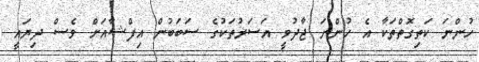
ހުންނަ ކަތިގޮތްތަކާ އެ ހުންނަ ޖާދުވީ އަސަރުތަކުގެ ސަބަބުން އިފްޝާއަށް ވެސް ދިޔައީ